Report on sanitation, dispensaries, and jails in Rajputana for 1910, and on vaccination for the year 1910-1911 - 1910-1911
Year: 1910
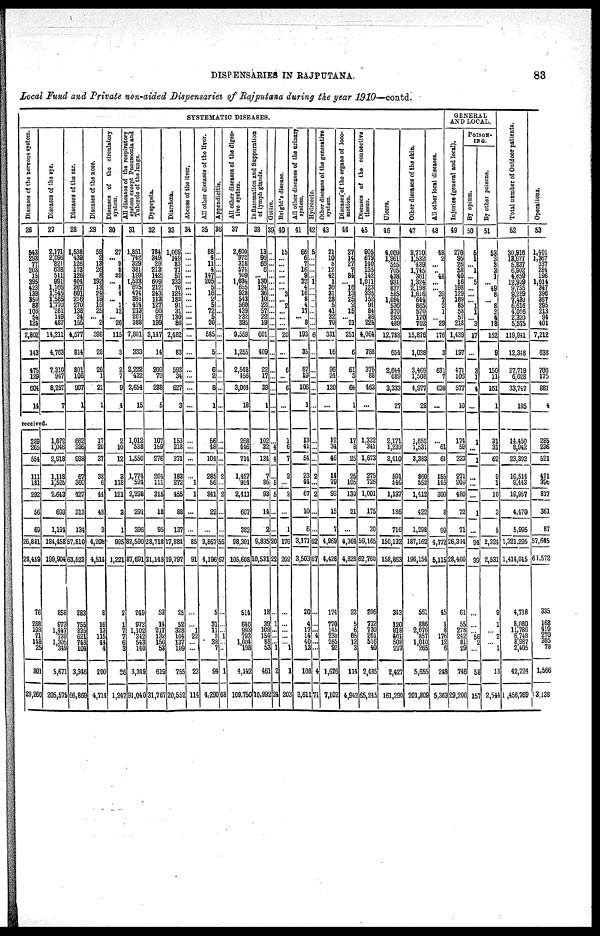
DISPENSARIES IN RAJPUTANA.
83
Local Fund and Private non-aided Dispensaries of Rajputana during the year 1910—contd.
SYSTEMATIC DISEASES.
Diseases of the nervous system.
26
543
293
77
203
15
395
423
139
350
83
103
54
124
2,802
143
475
129
604
14
Diseases of the eye.
27
2,171
2,096
821
638
511
991
1,166
1,545
1,585
1,770
281
149
487
14,211
4,763
7,310
947
8,257
7
received.
289
265
554
111
181
292
56
69
26,881
28,459
76
288
193
71
148
25
801
29,260
1,872
l,046
2,918
1,118
1,525
2,643
693
1,194
184,458
199,904
858
973
l,447
739
1,305
349
5,671
205,575
Diseases of the ear.
28
1,538
439
126
173
126
404
367
601
216
270
138
24
155
4,577
814
801
106
907
1
662
336
998
67
360
427
313
134
57,810
63,523
283
755
835
621
748
104
3,346
66,869
Diseases of the nose.
29
59
2
13
26
8
192
13
24
19
15
25
... 2
398
28
20
1
21
1
17
20
37
38
6
44
48
3
4,208
4,514
8
16
13
115
44
4
200
4,714
Diseases of the circulatory
system.
30
27
... 9
8
20
... 8
4
... 1
12
... 26
115
3
2
V
9
4
2
10
12
3
118
121
3
1
995
1,221
2
1
7
7
6
3
26
1,247
All
diseases
of the respiratory
system except Pneumonia and
Tubercle of the lungs.
31
1,851
742
329
381
199
1,533
675
474
391
424
213
201
388
7,801
333
2.222
432
2,654
15
1,012
538
1,550
1,774
524
2,298
291
396
82,590
87,691
249
973
1,102
342
543
140
3,349
91,040
Dyspepsia.
32
784
349
29
213
142
609
212
243
113
187
60
67
199
3,147
14
209
79
288
5
107
159
276
204
111
315
18
95
28,718
31,148
53
14
217
132 150
53
619
31,767
Diarrhœa.
33
1,069
149
83
71
57
333
76
124
182
91
31
130
86
2,482
83
593
34
627
3
153
218
371
183
272
455
88
137
17,884
19,797
25
52
328
104
137
109
755
20,552
Abcess of the liver.
34
...
...
...
...
...
...
...
...
...
...
...
...
...
...
...
...
...
...
...
...
...
...
...
1
1
...
...
85
91
...
...
1
22
...
...
23
114
All other diseases of the liver.
35
88
4
11
4
147
205
5
16
2
5
72
5
20
585
5
6
2
8
1
56
48
104
285
56
341
22
...
3,867
4,196
5
31
11
2
38
7
94
4,290
Appendicitis.
36
...
...
...
...
...
...
...
...
...
...
...
...
...
...
...
...
...
...
...
...
...
...
2
...
2
...
...
56
67
...
...
... 1
...
...
1
68
All other diseases of the diges-
tive system.
37
2,600
972
318
574
309
1,034
655
928
543
560
439
232
395
9,559
1,255
2,548
456
3,004
18
268
446
714
1,457
954
2,411
607
382
98,301
105,608
514
640
993
793
1,004
198
4,142
109,750
Inflammation and Suppuration
of lymph glands.
38
13
96
66
6
... 130
124
36
10
22
57
22
19
601
409
22
17
39
1
102
32
134
7
86
93
14
2
9,835
10,531
18
39
109
154
88
53
461
10,992
Goitre.
39
...
...
...
...
...
...
...
...
...
...
... ...
...
...
...
...
...
...
...
...
4
4
...
5
5
...
...
20
22
...
1
...
...
... 1
2
24
Bright's disease.
40
15
...
...
...
...
...
... 3
2
...
...
20
...
...
6
...
6
...
1
6
7
2
...
2
...
1
176
202
...
...
...
...
... 1
1
203
All other diseases of the urinary
system.
41
66
6
7
16
9
32
4
16
8
4
17
... 8
193
35
87
19
106
1
13
41
54
23
44
67
10
6
3,171
3,503
20
4
17
14
40
13
108
3,611
Hydrocele.
42
5
...
...
...
... 1
...
...
...
...
...
...
6
...
...
...
...
...
...
...
...
...
2
...
2
...
...
62
67
...
...
... 4
...
...
4
71
Other diseases of the generative
system.
43
21
10
8
12
42
1
30
31
28
5
41
32
70
331
16
96
24
120
...
12
34
46
14
79
93
15
7
4,969
9,426
174
770
145
230
265
92
1,676
7,102
Diseases of the organs of loco¬
motion.
44
27
14
27
7
84
... 16
13
25
2
15
... 21
251
6
61
3
64
1
17
8
25
25
105
130
21
...
4,364
4,828
23
5
6
65
12
3
114
4,942
Diseases of the connective
tissue.
45
905
679
140
135
142
1,011
123
335
152
91
84
38
224
4,064
788
375
88
463
...
1,332
341
1,673
275
726
1,001
175
30
59,165
62,760
206
732
730
261
516
40
2,485
65,245
Ulcers.
46
4,009
1,961
555
705
438
931
837
585
1,084
536
370
293
489
12,788
654
2,644
689
3,333
27
2,171
1,239
3,410
591
546
1,137
186
716
150,132
158,863
343
120
818
401
508
237
2,427
161,290
Other diseases of the skin.
47
3,710
1,532
439
1,745
361
1,324
2,198
1,616
644
865
570
170
702
15,876
1,038
3,469
l,508
4,977
28
1,852
1,531
3,383
860
552
1,412
422
1,298
187,162
196,154
561
886
2,076
857
1,010
265
5,655
201,809
All other local diseases.
48
48
2
...
48
...
... 39
7
2
1
... 29
176
3
631
7
638
...
...
61
61
155
145
300
8
99
4,772
5,115
45
1
8
176
12
6
248
5,363
GENERAL
AND LOCAL.
Injuries (general and local).
49
270
95
26
58
40
16
198
129
189
85
58
57
218
1,439
197
471
106
577
10
174
59
233
271
209
480
72
71
26,344
28,460
61
55
278
242 81
29
746
29,206
POISON¬
ING.
By opium.
50
5
1
... 1
... 5
...
...
... 1
1
... 3
17
...
3
1
4
...
1
...
1
...
...
...
1
...
94
99
...
...
... 56
2
...
58
157
By other poisons.
51
53
3
3
3
1
... 49
8
... 8
2
4
18
152
9
150
11
161
1
31
31
62
9
1
10
3
5
2,324
2,531
9
1
... 2
... 1
13
2,544
Total number of Outdoor patients.
52
30,916
13,677
5,837
6,902
4,659
12,929
9,735
9,289
7,430
6,616
4,056
2,320
5,575
119,941
12,348
27,719
6,028
33,747
195
14,450
8,942
23,392
10,514
9,443
19,957
4,470
5,995
1,321,295
1,414,045
4,718
8,080
11,786
6,748
8,987
2,405
42,724
1,456,769
Operations.
53
1,401
1,367
337
284
196
1,014
347
396
367
295
213
94
401
7,212
638
706
175
881
4
285
236
521
421
396
817
361
87
57,645
61,572
335
168
410
270
305
78
1,566
3,138